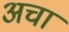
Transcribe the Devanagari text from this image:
अचा